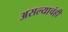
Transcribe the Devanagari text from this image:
असल्याचंही